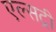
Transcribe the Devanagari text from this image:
एल्सट्री